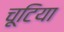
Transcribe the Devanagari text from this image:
चूटिया